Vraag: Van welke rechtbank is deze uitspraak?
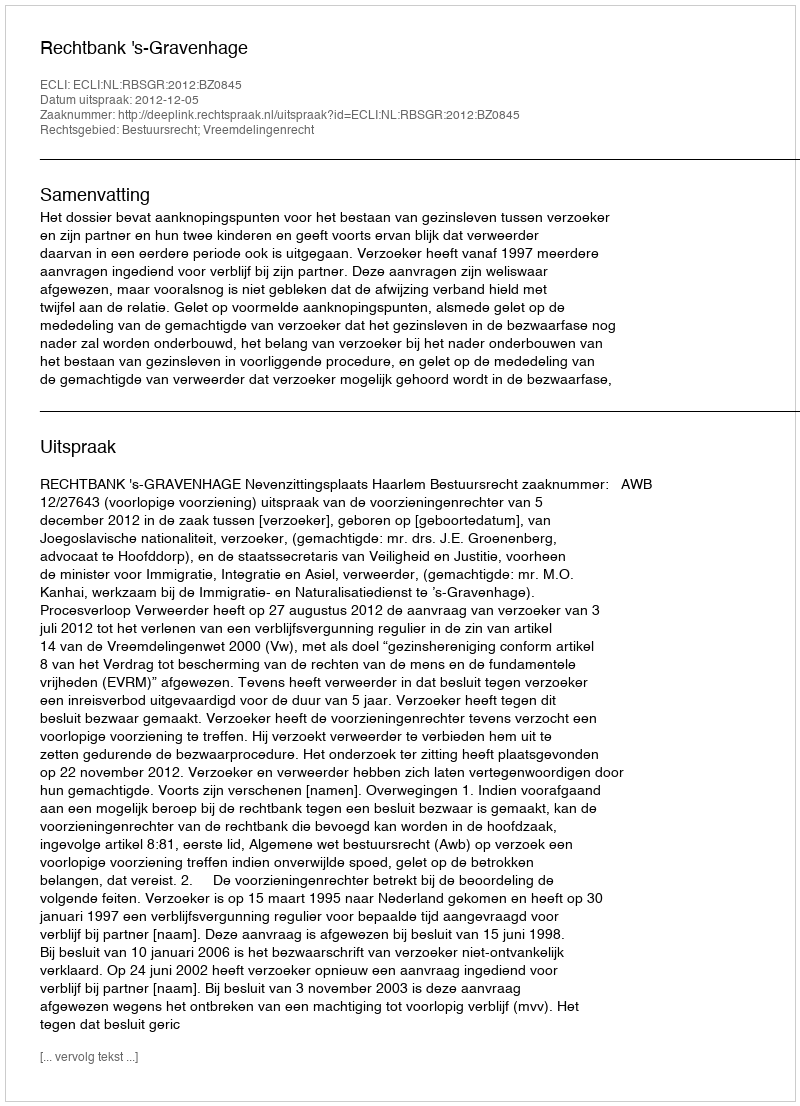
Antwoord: Rechtbank 's-Gravenhage